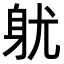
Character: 𨈣